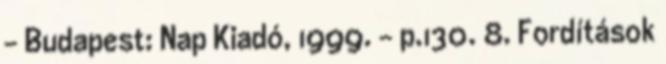
– Budapest: Nap Kiadó, 1999. – p.130. 8. Fordítások